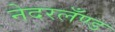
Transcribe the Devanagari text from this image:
नेदरलँण्ड